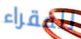
للفقراء